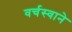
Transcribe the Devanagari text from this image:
वर्चस्वाने